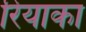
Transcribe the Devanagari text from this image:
रियाका